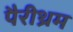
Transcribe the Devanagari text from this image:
पैरीथ्रम